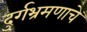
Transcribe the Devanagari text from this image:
दुर्गभ्रमणाचे